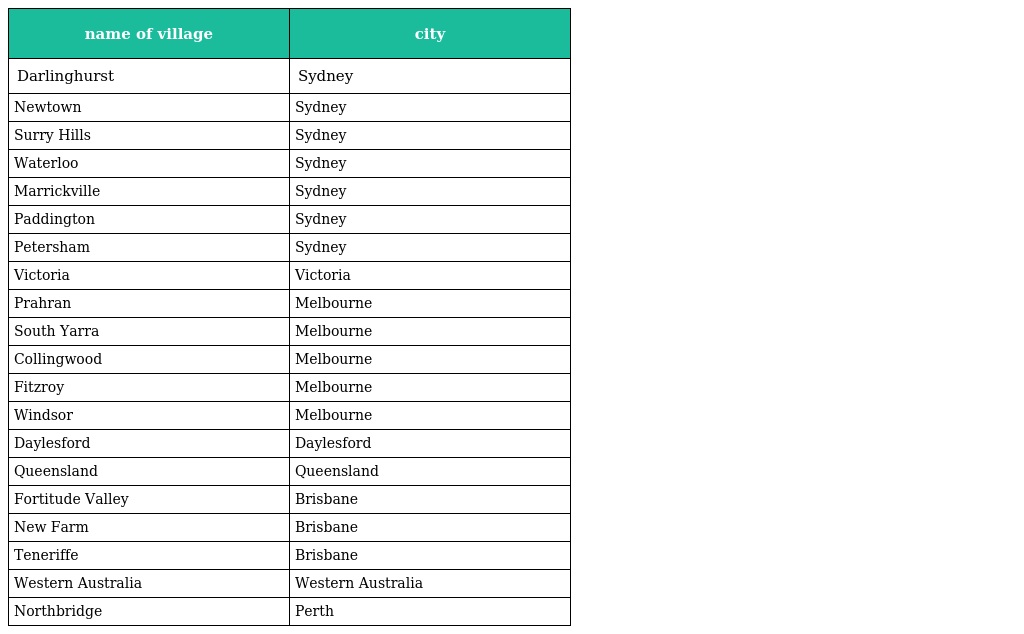
| name of village | city |
 | --- | --- |
 | Darlinghurst | Sydney |
 | Newtown | Sydney |
 | Surry Hills | Sydney |
 | Waterloo | Sydney |
 | Marrickville | Sydney |
 | Paddington | Sydney |
 | Petersham | Sydney |
 | Victoria | Victoria |
 | Prahran | Melbourne |
 | South Yarra | Melbourne |
 | Collingwood | Melbourne |
 | Fitzroy | Melbourne |
 | Windsor | Melbourne |
 | Daylesford | Daylesford |
 | Queensland | Queensland |
 | Fortitude Valley | Brisbane |
 | New Farm | Brisbane |
 | Teneriffe | Brisbane |
 | Western Australia | Western Australia |
 | Northbridge | Perth |